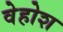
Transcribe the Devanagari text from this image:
वेहोश